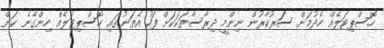
ހޮސްޕިޓަލެއް ހެދުމަށް ސަރުކާރުން ނިންމީ ދިރާސާތަކަކަށް ފަހު އެތަނުގައި ހޮސްޕިޓަލެއް ހިންގޭނެ ކަން